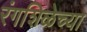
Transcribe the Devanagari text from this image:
रंगशिळेच्या